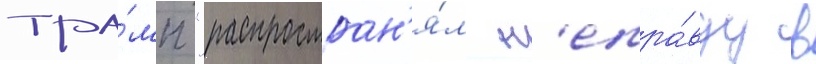
тра́мп "распростран'я́л н'епра́вду в